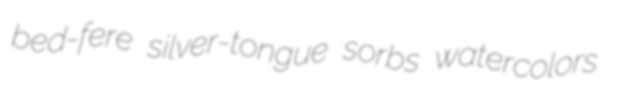
bed-fere silver-tongue sorbs watercolors